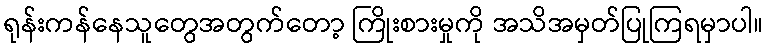
ရုန်းကန်နေသူတွေအတွက်တော့ ကြိုးစားမှုကို အသိအမှတ်ပြုကြရမှာပါ။